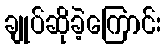
ချုပ်ဆိုခဲ့ကြောင်း